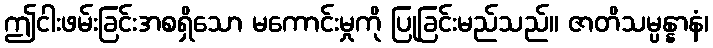
ဤငါးဖမ်းခြင်းအစရှိသော မကောင်းမှုကို ပြုခြင်းမည်သည်။ ဇာတိသမ္ပန္နာနံ၊